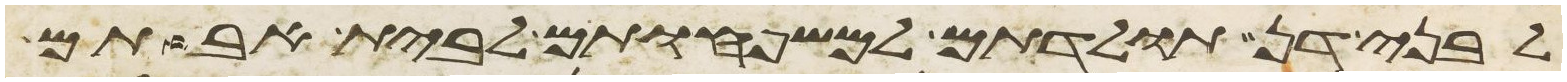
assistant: לבני דן תולדתם למשפחותם לבית אבותם